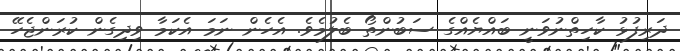
ދަރިފުޅު ކާހިތްނުވަނީ ބައްޔެއްގެ ސަބުންތޯ ބެލުމެވެ. އެހެން ނަމަ އެކަމާ ވިދިގެން ކުރަންޖެހޭ